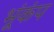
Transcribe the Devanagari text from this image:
भूंकंप